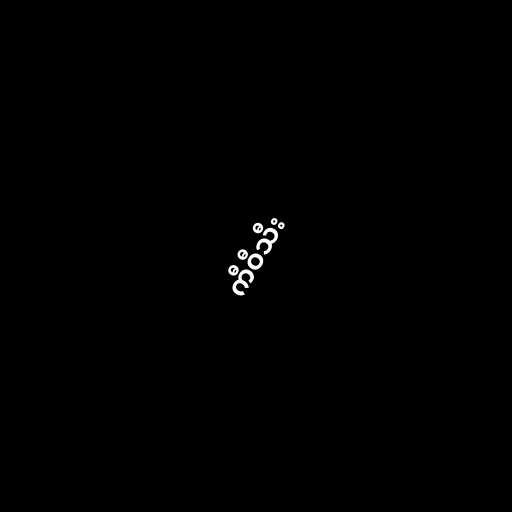
ကီဝီသီး